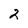
Character: 2